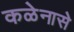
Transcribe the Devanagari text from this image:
कळेनासे